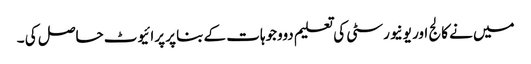
میں نے کالج اور یونیورسٹی کی تعلیم دووجوہات کے بنا پر پرائیوٹ حاصل کی ۔